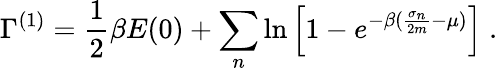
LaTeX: \Gamma^{(1)}=\frac{1}{2}\beta E(0)+\sum_{n}\ln\left[1-e^{-\beta(\frac{\sigma_{n}}{2m}-\mu)}\right]\; .